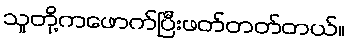
သူတို့ကဖောက်ပြီးဖတ်တတ်တယ်။